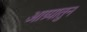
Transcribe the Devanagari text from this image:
आग्र्यातुन